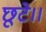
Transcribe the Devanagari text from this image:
छूटे।।